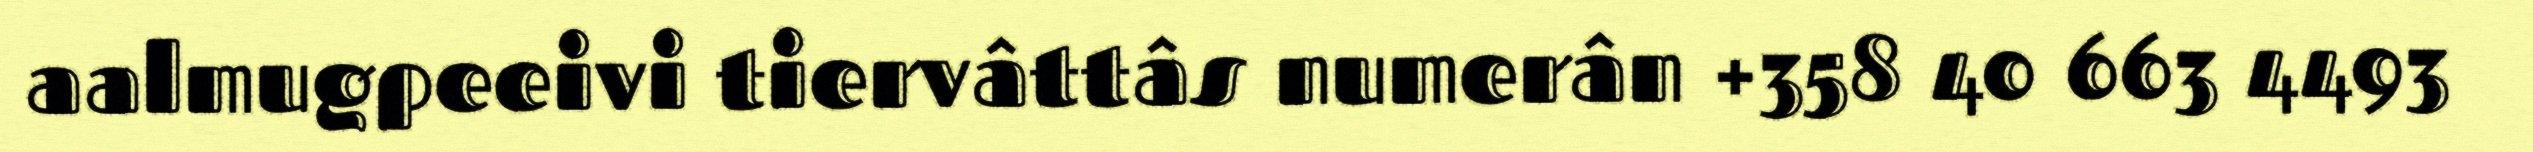
aalmugpeeivi tiervâttâs numerân +358 40 663 4493